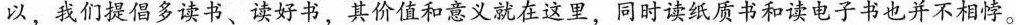
以，我们提倡多读书、读好书，其价值和意义就在这里，同时读纸质书和读电子书也并不相悖。